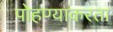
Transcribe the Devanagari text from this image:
पोहण्याकरता